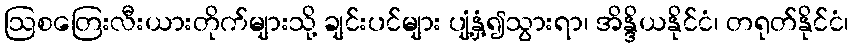
ဩစတြေးလီးယားတိုက်များသို့ ချင်းပင်များ ပျံ့နှံ့၍သွားရာ၊ အိန္ဒိယနိုင်ငံ၊ တရုတ်နိုင်ငံ၊